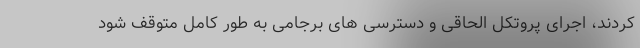
کردند، اجرای پروتکل الحاقی و دسترسی های برجامی به طور کامل متوقف شود